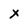
Character: x